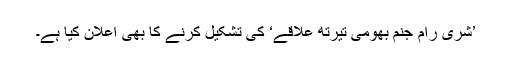
’شری رام جنم بھومی تیرتھ علاقے‘ کی تشکیل کرنے کا بھی اعلان کیا ہے۔